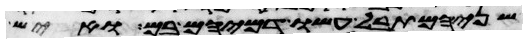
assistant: שניהם תבל עשו דמיהם בם ואיש